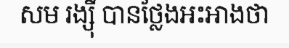
សម រង្ស៊ី បានថ្លែងអះអាងថា